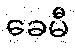
ခေမီ